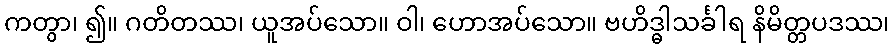
ကတွာ၊ ၍။ ဂတိတဿ၊ ယူအပ်သော။ ဝါ၊ ဟောအပ်သော။ ဗဟိဒ္ဓါသင်္ခါရ နိမိတ္တပဒဿ၊